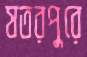
যতরপুরে